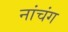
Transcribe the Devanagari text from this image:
नांचंग